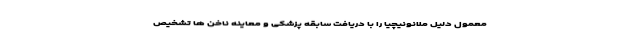
معمول دلیل ملانونیچیا را با دریافت سابقه پزشکی و معاینه ناخن ها تشخیص